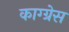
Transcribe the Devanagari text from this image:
काग्ग्रेस